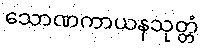
သောဏကာယနသုတ္တံ